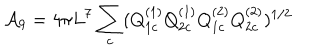
{ \cal A } _ { 9 } = 4 \pi L ^ { 7 } \sum _ { c } ( Q _ { 1 c } ^ { ( 1 ) } Q _ { 2 c } ^ { ( 1 ) } Q _ { 1 c } ^ { ( 2 ) } Q _ { 2 c } ^ { ( 2 ) } ) ^ { 1 / 2 }